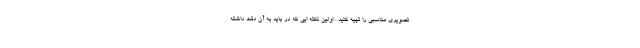
تصویری مناسبی را تهیه کنید . اولین نکته ایی که در باید به آن دقت داشته